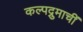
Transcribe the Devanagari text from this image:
कल्पद्रुमाचीं